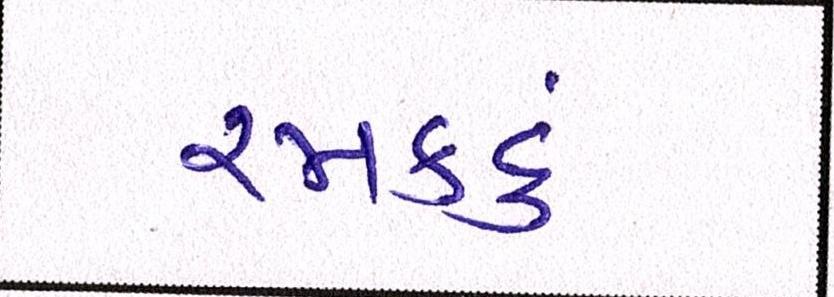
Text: રમકડું